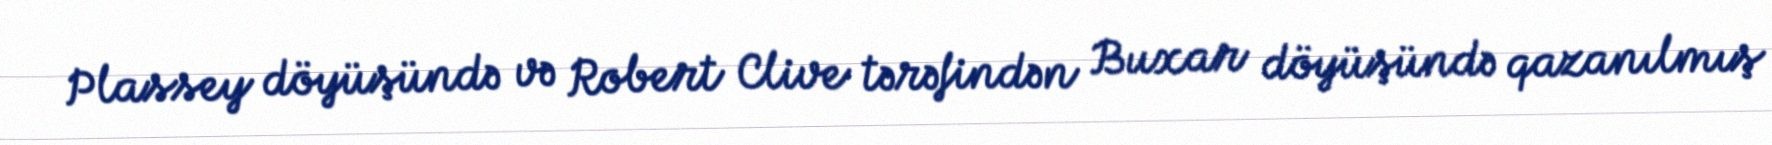
Plassey döyüşündə və Robert Clive tərəfindən Buxar döyüşündə qazanılmış